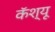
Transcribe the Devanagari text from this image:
कॅश्यू